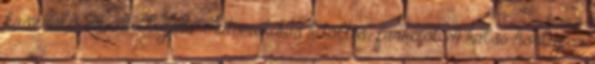
használd az intelligens "Automatikus kitöltés" funkciót. A külső honlapon